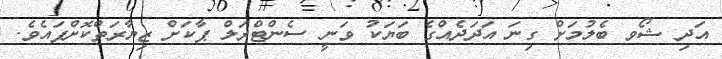
އަދި ޝޯވ ބެލުމަށް ގިނަ އަދަދެއްގެ ބަޔަކު ވަނީ ސެންޓްރަލް ޕާކަށް ޒިޔާރަތްކޮށްފައެވެ.